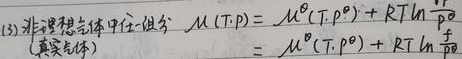
(3) 非理想气体中任一组分 \(\mu(T,p)=\mu^{\theta}(T,p^{\theta})+RT\ln\frac{p}{p^{\theta}}\)（真实气体）
\[=\mu^{\theta}(T,p^{\theta})+RT\ln\frac{f}{p^{\theta}}\]